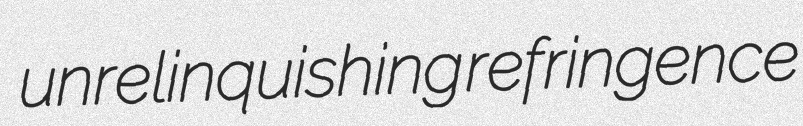
unrelinquishing refringence